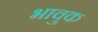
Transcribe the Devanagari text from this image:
भावुक